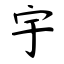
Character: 宇